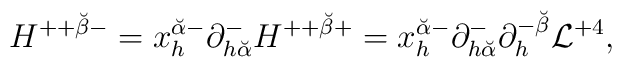
H^{++ {\breve\beta} -} =x_h^{{\breve\alpha} -} \partial^-_{h {\breve\alpha}}  H^{++{\breve\beta} +}= x_h^{{\breve\alpha} -} \partial^-_{h {\breve\alpha}}\partial^{-{\breve\beta}}_h {\cal L}^{+4} ,